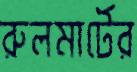
রুলমার্টের